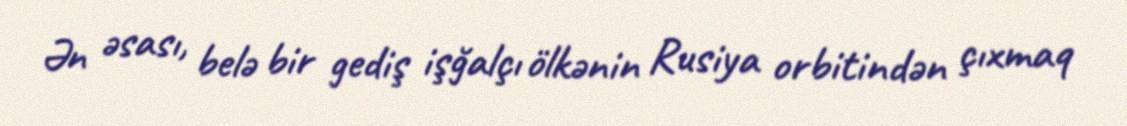
Ən əsası, belə bir gediş işğalçı ölkənin Rusiya orbitindən çıxmaq